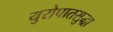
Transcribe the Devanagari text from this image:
युरोपातसुद्धा